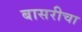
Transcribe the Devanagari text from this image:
बासरीचा